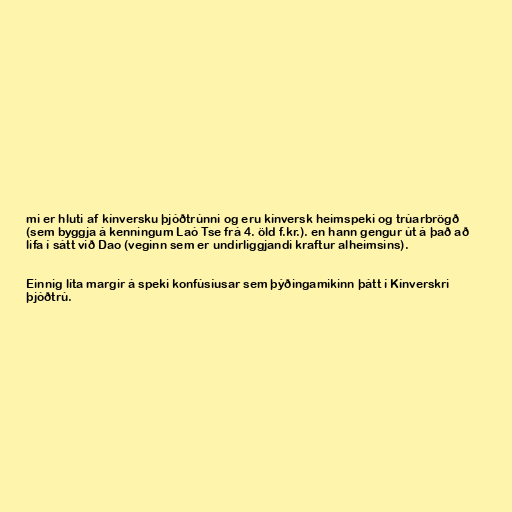
mi er hluti af kínversku þjóðtrúnni og eru kínversk heimspeki og trúarbrögð
(sem byggja á kenningum Laó Tse frá 4. öld f.kr.). en hann gengur út á það að
lifa í sátt við Dao (veginn sem er undirliggjandi kraftur alheimsins).

Einnig líta margir á speki konfúsíusar sem þýðingamikinn þátt í Kínverskri
þjóðtrú.